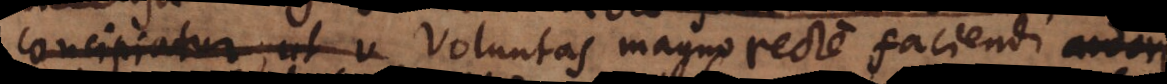
concipiatur, ut v Voluntas magno recte faciendi ardore